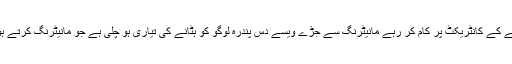
تو ایسے میں سالوں سال سے کام کرنے کے باوجود چھ چھ مہینے کے کانٹریکٹ پر کام کر رہے مانیٹرنگ سے جڑے ویسے دس پندرہ لوگو کو ہٹانے کی تیاری ہو چلی ہے جو مانیٹرنگ کرتے ہوئے مستقل خدمات اور زیادہ پے اسکیل کی مانگ‌کر رہے تھے۔